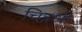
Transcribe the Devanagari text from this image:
चित्रश्री